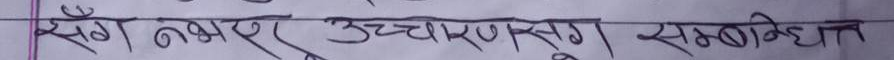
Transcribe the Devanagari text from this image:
सँग नभएर उच्चारणसँग सम्बन्धित